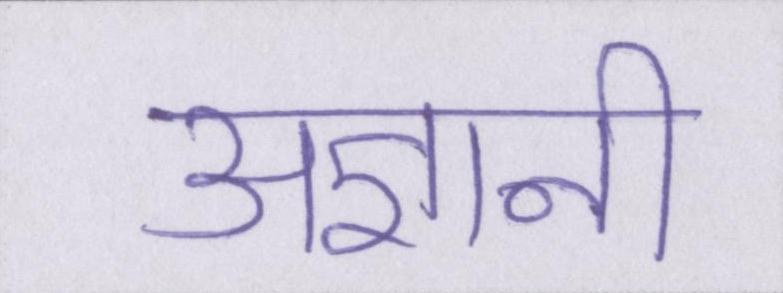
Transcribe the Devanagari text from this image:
अज्ञानी